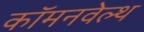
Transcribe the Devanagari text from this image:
कॉमनवेल्‍थ